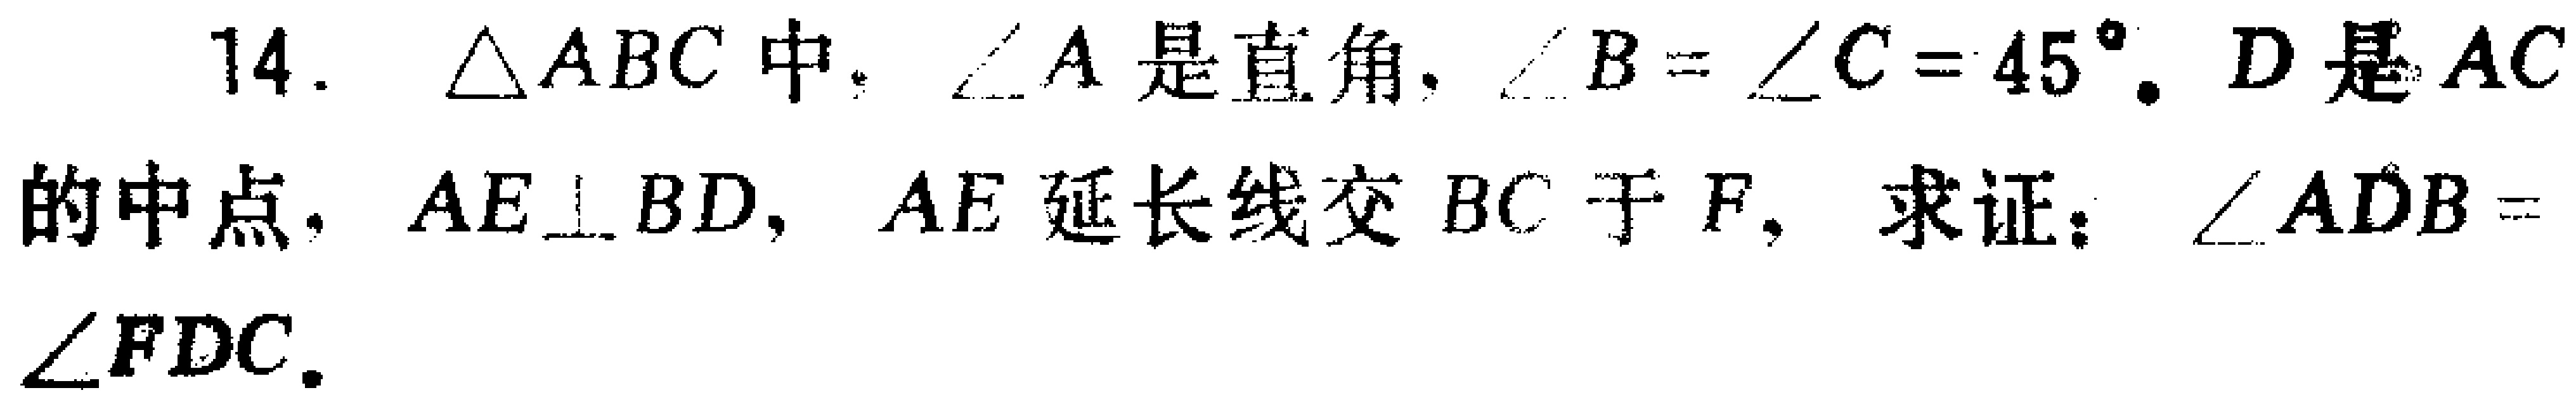
14. $\triangle ABC$中，$\angle A$是直角，$\angle B = \angle C = 45^{\circ}$. $D$是$AC$的中点，$AE\perp BD$，$AE$延长线交$BC$于$F$，求证：$\angle ADB = \angle FDC$.